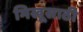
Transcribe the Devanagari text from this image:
भिखूसाठी